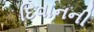
દિવાનની